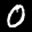
Label: 0